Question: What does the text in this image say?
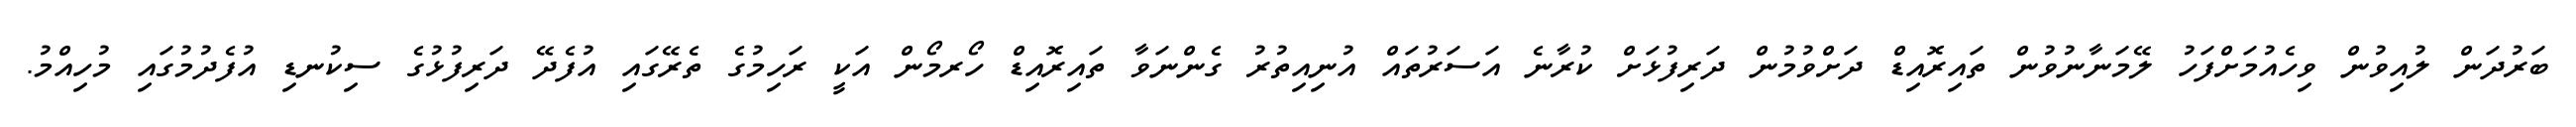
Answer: ބަރުދަން ލުއިވުން ވިހެއުމަށްފަހު ލޭމަނާނުވުން ތައިރޮއިޑް ދަށްވުމުން ދަރިފުޅަށް ކުރާނެ އަސަރުތައް އުނިއިތުރު ގެންނަވާ ތައިރޮއިޑް ހޯރމޯން އަކީ ރަހިމުގެ ތެރޭގައި އުފެދޭ ދަރިފުޅުގެ ސިކުނޑި އުފެދުމުގައި މުހިއްމު.